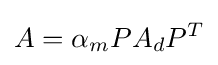
A=\alpha _{m}PA_{d}P^{T}